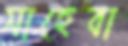
সাহেবা